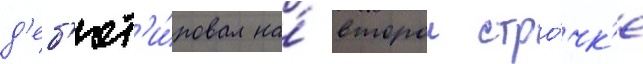
д'еб'ют'и́ровал на́ второи стро́чк'е